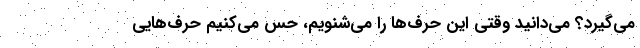
می‌گیرد؟ می‌دانید وقتی این حرف‌‌ها را می‌شنویم، حس می‌کنیم حرف‌هایی